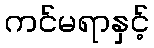
ကင်မရာနှင့်